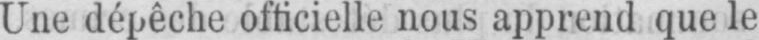
Une dépêche officielle nous apprend que le